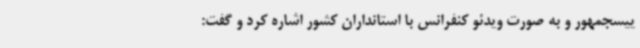
ییسجمهور و به صورت ویدئو کنفرانس با استانداران کشور اشاره کرد و گفت: